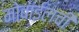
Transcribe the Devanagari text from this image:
मोबाईलची